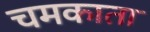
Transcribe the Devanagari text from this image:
चमकाता